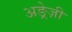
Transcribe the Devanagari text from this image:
अङ्रेज़ी